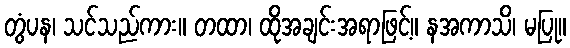
တွံပန၊ သင်သည်ကား။ တထာ၊ ထိုအချင်းအရာဖြင့်။ နအကာသိ၊ မပြု။